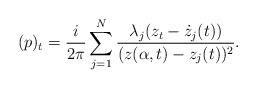
LaTeX: \begin{align*}(p)_t=\frac{i}{2\pi}\sum_{j=1}^N \frac{\lambda_j(z_t-\dot{z}_j(t))}{(z(\alpha,t)-z_j(t))^2}.\end{align*}